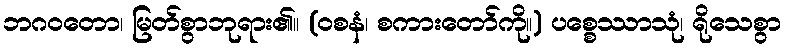
ဘဂဝတော၊ မြတ်စွာဘုရား၏။ (ဝစနံ၊ စကားတော်ကို။) ပစ္စေဿာသုံ၊ ရိုသေစွာ